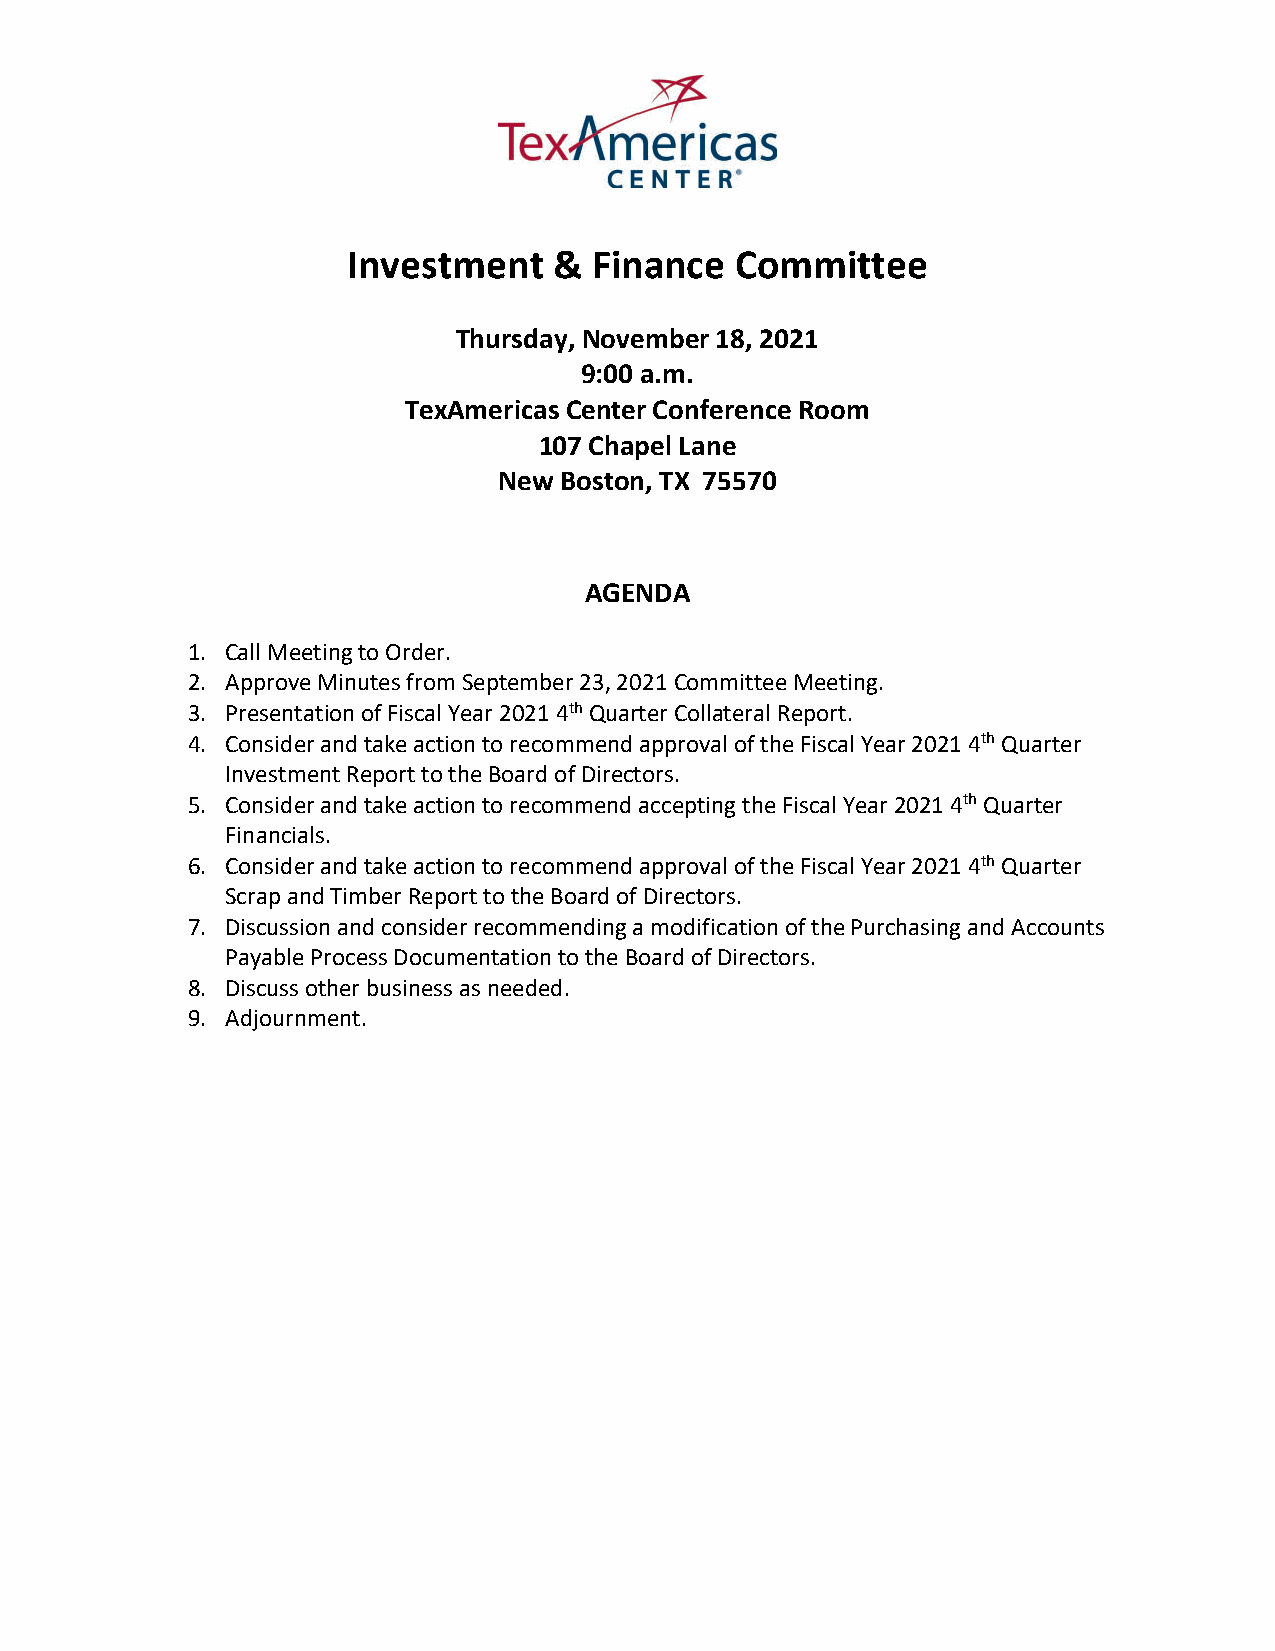
Investment    & Finance   Committee
 Thursday, November 18, 2021
 9:00 a.m.
 TexAmericas Center Conference Room
 107 Chapel Lane
 New Boston, TX 75570
 AGENDA
 1. Call Meeting to Order.
 2. Approve Minutes from September 23, 2021 Committee Meeting.
 3. Presentation of Fiscal Year 2021 4th Quarter Collateral Report.
 4. Consider and take action to recommend approval of the Fiscal Year 2021 4th Quarter
 Investment Report to the Board of Directors.
 5. Consider and take action to recommend accepting the Fiscal Year 2021 4th Quarter
 Financials.
 6. Consider and take action to recommend approval of the Fiscal Year 2021 4th Quarter
 Scrap and Timber Report to the Board of Directors.
 7. Discussion and consider recommending a modification of the Purchasing and Accounts
 Payable Process Documentation to the Board of Directors.
 8. Discuss other business as needed.
 9. Adjournment.